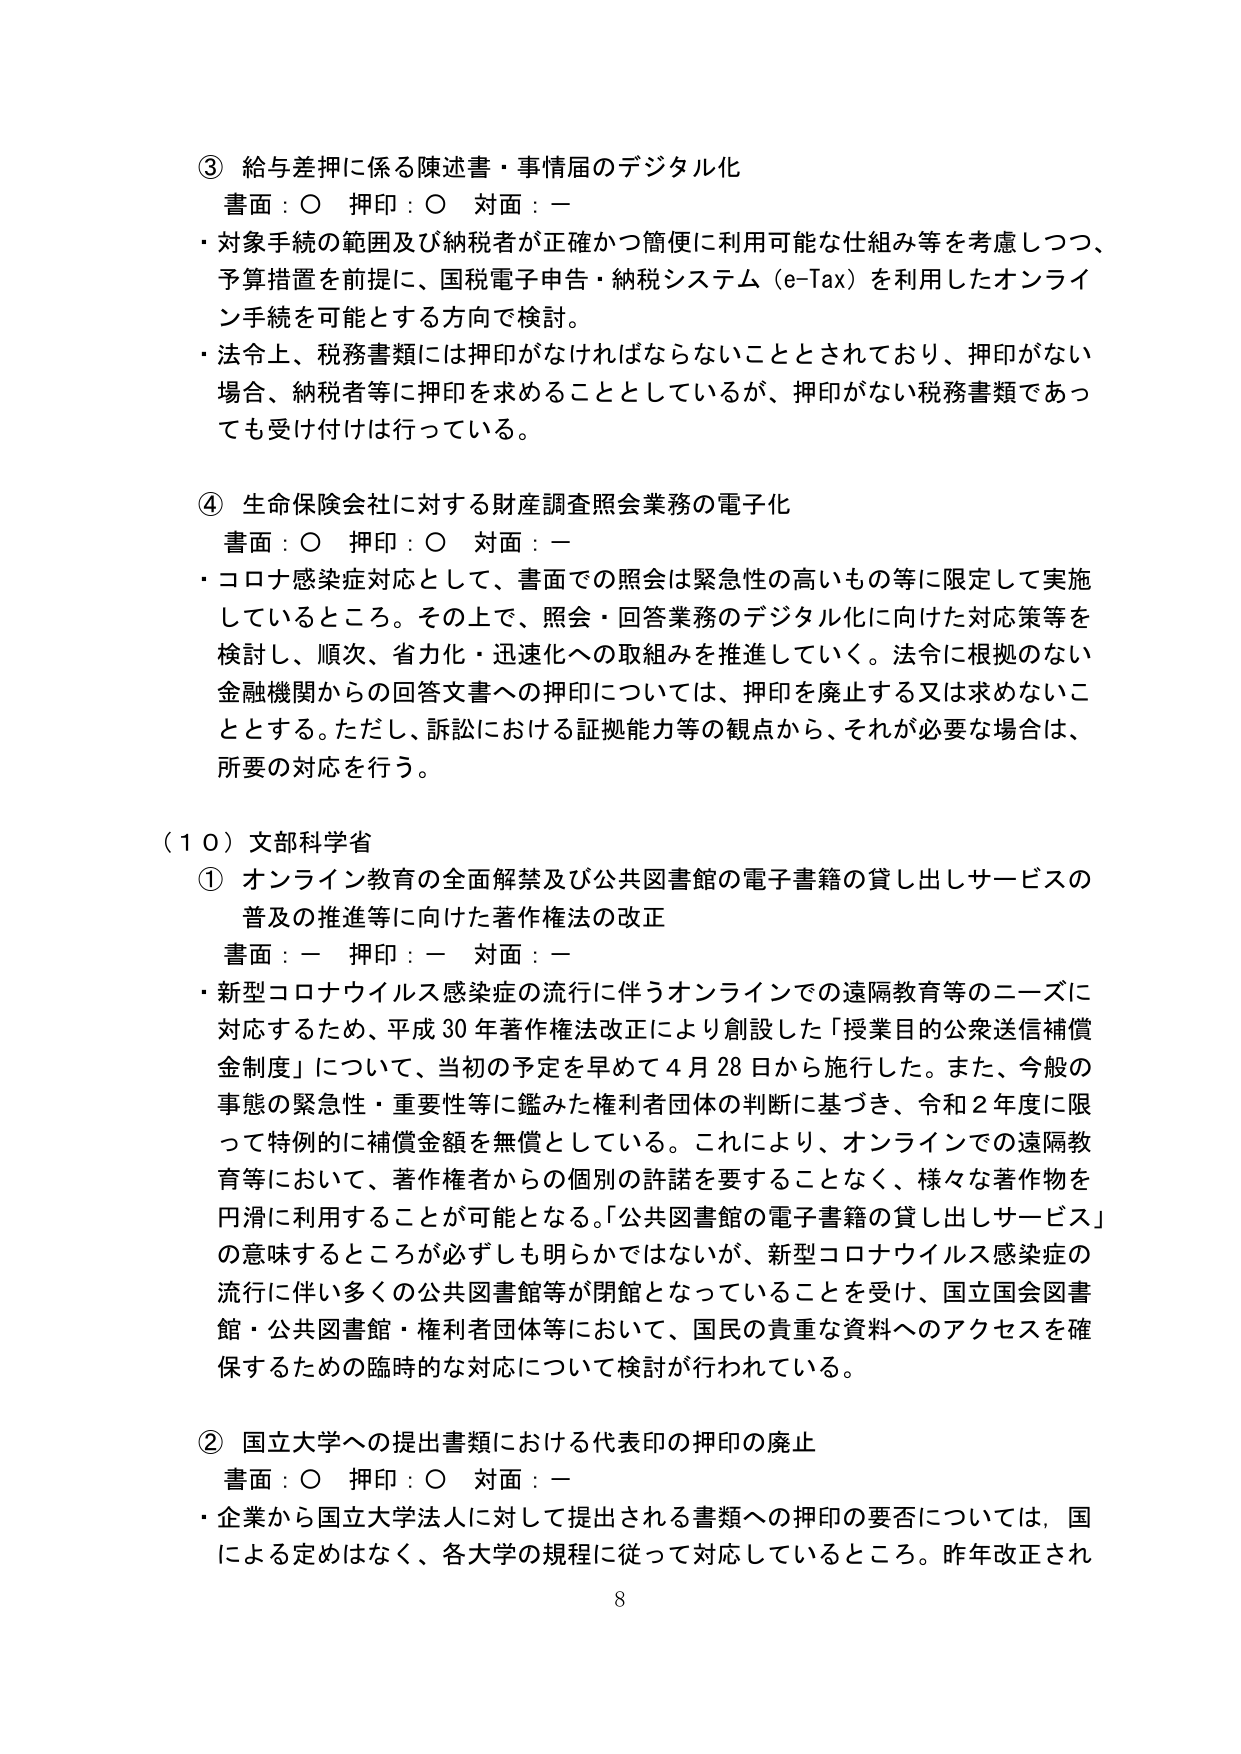
③ 給与差押に係る陳述書・事情届のデジタル化
書面：○ 押印：○ 対面：ー
・対象手続の範囲及び納税者が正確かつ簡便に利用可能な仕組み等を考慮しつつ、
予算措置を前提に、国税電子申告・納税システム（e-Tax）を利用したオンライン手続を可能とする方向で検討。
・法令上、税務書類には押印がなければならないこととされており、押印がない場合、納税者等に押印を求めることとしているが、押印がない税務書類であっても受け付けは行っている。

④ 生命保険会社に対する財産調査照会業務の電子化
書面：○ 押印：○ 対面：ー
・コロナ感染症対応として、書面での照会は緊急性の高いもの等に限定して実施しているところ。その上で、照会・回答業務のデジタル化に向けた対応策等を検討し、順次、省力化・迅速化への取組みを推進していく。法令に根拠のない金融機関からの回答文書への押印については、押印を廃止する又は求めないこととする。ただし、訴訟における証拠能力等の観点から、それが必要な場合は、所要の対応を行う。

（１０）文部科学省
① オンライン教育の全面解禁及び公共図書館の電子書籍の貸し出しサービスの普及の推進等に向けた著作権法の改正
書面：ー 押印：ー 対面：ー
・新型コロナウイルス感染症の流行に伴うオンラインでの遠隔教育等のニーズに対応するため、平成30年著作権法改正により創設した「授業目的公衆送信補償金制度」について、当初の予定を早めて4月28日から施行した。また、今般の事態の緊急性・重要性等に鑑みた権利者団体の判断に基づき、令和2年度に限って特例的に補償金額を無償としている。これにより、オンラインでの遠隔教育等において、著作権者からの個別の許諾を要することなく、様々な著作物を円滑に利用することが可能となる。「公共図書館の電子書籍の貸し出しサービス」の意味するところが必ずしも明らかではないが、新型コロナウイルス感染症の流行に伴い多くの公共図書館等が閉館となっていることを受け、国立国会図書館・公共図書館・権利者団体等において、国民の貴重な資料へのアクセスを確保するための臨時的な対応について検討が行われている。

② 国立大学への提出書類における代表印の押印の廃止
書面：○ 押印：○ 対面：ー
・企業から国立大学法人に対して提出される書類への押印の要否については、国による定めはなく、各大学の規程に従って対応しているところ。昨年改正され

8